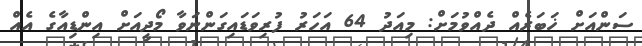
ސަންއަށް ޚަބަރެއް ދެއްވުމަށް: މިއަދު 64 އަހަރު ފުރިވަޑައިގަންނަވާ މޯދީއަށް އިންޑިއާގެ އެއް